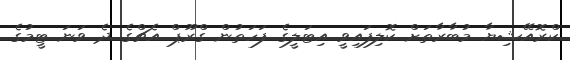
ކްރޮއޭޝިޔާ މުބާރާތަށް ކޮލިފައިވީ އިޓަލީގެ ފަހަތުން ގްރޫޕް އެޗްގެ ދެ ވަނަ ޓީމުގެ